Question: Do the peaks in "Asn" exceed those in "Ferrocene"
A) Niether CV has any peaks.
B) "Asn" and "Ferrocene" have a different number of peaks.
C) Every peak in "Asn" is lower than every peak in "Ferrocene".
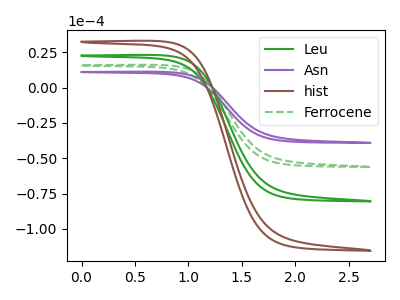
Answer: <think>The green curve "Leu" has no peaks. The purple curve "Asn" has no peaks. The brown curve "hist" has no peaks. The green dashed curve "Ferrocene" has no peaks.</think>
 <answer>A) Niether CV has any peaks.</answer>
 <eval>A</eval>